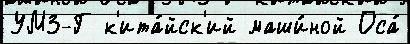
УМЗ-Г к'ита́йск'ий маши́ной Оса́